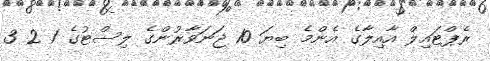
ރެޕްޓައިލް އާއިލާގެ އެންމެ ބިޔަ 10 ޖަނަވާރުންގެ ލިސްޓުގެ 1 2 3